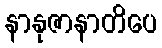
နာနုဇာနာတိပေ